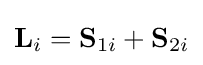
\mathbf {L} _{i}=\mathbf {S} _{1i}+\mathbf {S} _{2i}